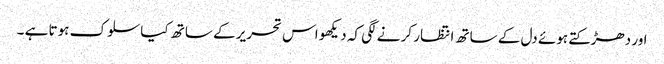
اور دھڑکتے ہوئے دل کے ساتھ انتظار کر نے لگی کہ دیکھو اس تحریر کے ساتھ کیا سلوک ہوتا ہے ۔